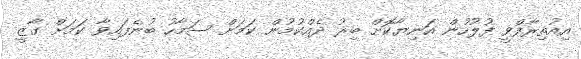
އިއުތިރާފްވީ ފުލުހުން އަނިޔާކޮށް ބިރު ދެއްކުމުން ކަމަށް ސަމާހު ބުނެފައިވާ ކަމަށް ގާޒީ